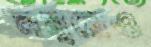
নম্বরেও